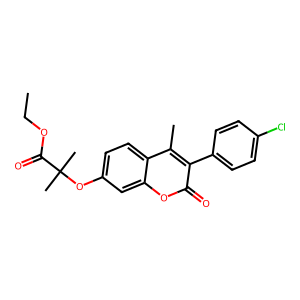
SMILES: CCOC(=O)C(C)(C)Oc1ccc2c(C)c(-c3ccc(Cl)cc3)c(=O)oc2c1
Inhibits HIV replication: No